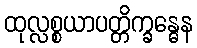
ထုလ္လစ္စယာပတ္တိက္ခန္ဓေန